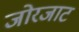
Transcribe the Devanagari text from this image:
जोरजाट